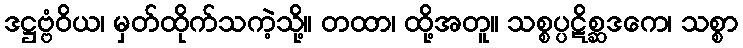
ဒဋ္ဌဗ္ဗံဝိယ၊ မှတ်ထိုက်သကဲ့သို့။ တထာ၊ ထို့အတူ။ သစ္စပ္ပဋိစ္ဆဒကေ၊ သစ္စာ